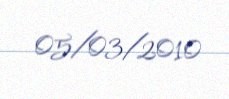
05/03/2010